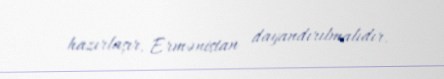
hazırlaşır, Ermənistan dayandırılmalıdır.